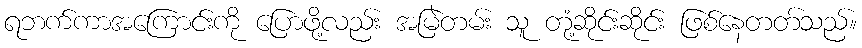
ရဘက်ကာအကြောင်းကို ပြောဖို့လည်း အမြဲတမ်း သူ တုံ့ဆိုင်းဆိုင်း ဖြစ်နေတတ်သည်။